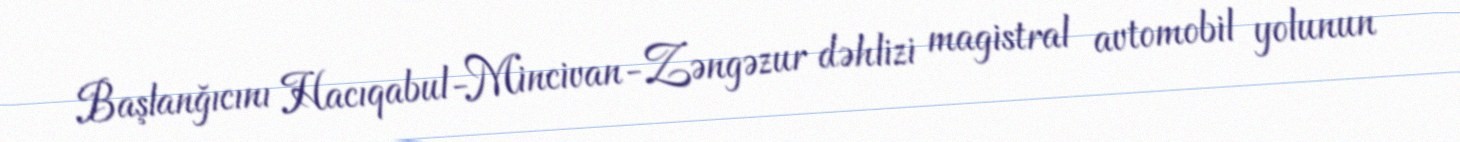
Başlanğıcını Hacıqabul-Mincivan-Zəngəzur dəhlizi magistral avtomobil yolunun